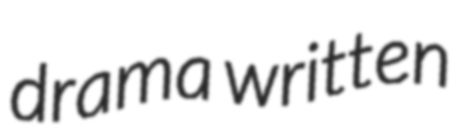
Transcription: drama written